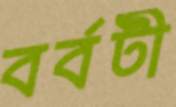
বর্বটী